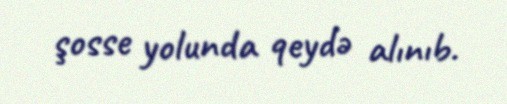
şosse yolunda qeydə alınıb.